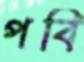
পবি